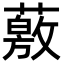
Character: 薂